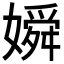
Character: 𡡞